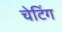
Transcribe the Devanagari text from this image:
चेटिंग